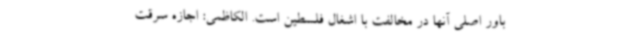
باور اصلی آنها در مخالفت با اشغال فلسطین است. الکاظمی: اجازه سرقت